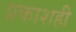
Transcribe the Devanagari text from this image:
प्रकाशही